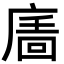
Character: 𢊉